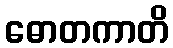
ဓောတကာတိ